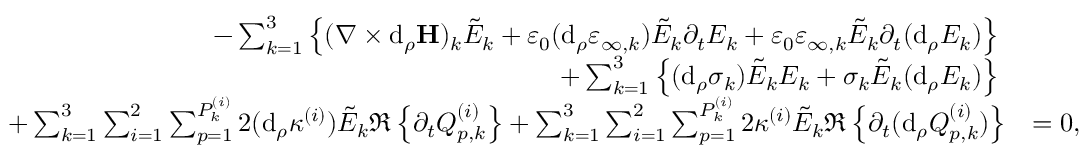
\begin{array} { r l } { - \sum _ { k = 1 } ^ { 3 } \left\{ ( \nabla \times \mathrm { d } _ { \rho } \mathbf { H } ) _ { k } \tilde { E } _ { k } + \varepsilon _ { 0 } ( \mathrm { d } _ { \rho } \varepsilon _ { \infty , k } ) \tilde { E } _ { k } \partial _ { t } E _ { k } + \varepsilon _ { 0 } \varepsilon _ { \infty , k } \tilde { E } _ { k } \partial _ { t } ( \mathrm { d } _ { \rho } E _ { k } ) \right\} \; } & { } \\ { + \sum _ { k = 1 } ^ { 3 } \left\{ ( \mathrm { d } _ { \rho } \sigma _ { k } ) \tilde { E } _ { k } E _ { k } + \sigma _ { k } \tilde { E } _ { k } ( \mathrm { d } _ { \rho } E _ { k } ) \right\} \; } & { } \\ { + \sum _ { k = 1 } ^ { 3 } \sum _ { i = 1 } ^ { 2 } \sum _ { p = 1 } ^ { P _ { k } ^ { ( i ) } } 2 ( \mathrm { d } _ { \rho } \kappa ^ { ( i ) } ) \tilde { E } _ { k } \Re \left\{ \partial _ { t } Q _ { p , k } ^ { ( i ) } \right\} + \sum _ { k = 1 } ^ { 3 } \sum _ { i = 1 } ^ { 2 } \sum _ { p = 1 } ^ { P _ { k } ^ { ( i ) } } 2 \kappa ^ { ( i ) } \tilde { E } _ { k } \Re \left\{ \partial _ { t } ( \mathrm { d } _ { \rho } Q _ { p , k } ^ { ( i ) } ) \right\} } & { = 0 , } \end{array}